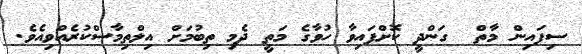
ސިފައިން މާތް  ގަންދީ ކޮށްފައިވާ ހުވާގެ މަތީ ދެމި ތިބުމަށް އިލްތިމާސްކުރެއްވިއެވެ.